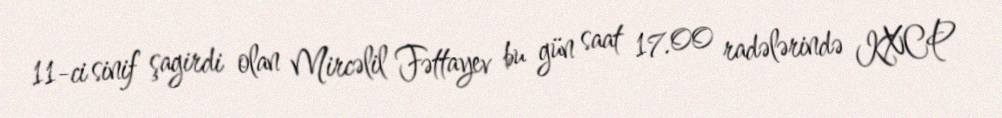
11-ci sinif şagirdi olan Mircəlil Fəttayev bu gün saat 17.00 radələrində KXCP